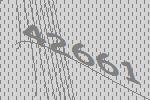
42661